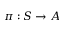
\pi : S \rightarrow A